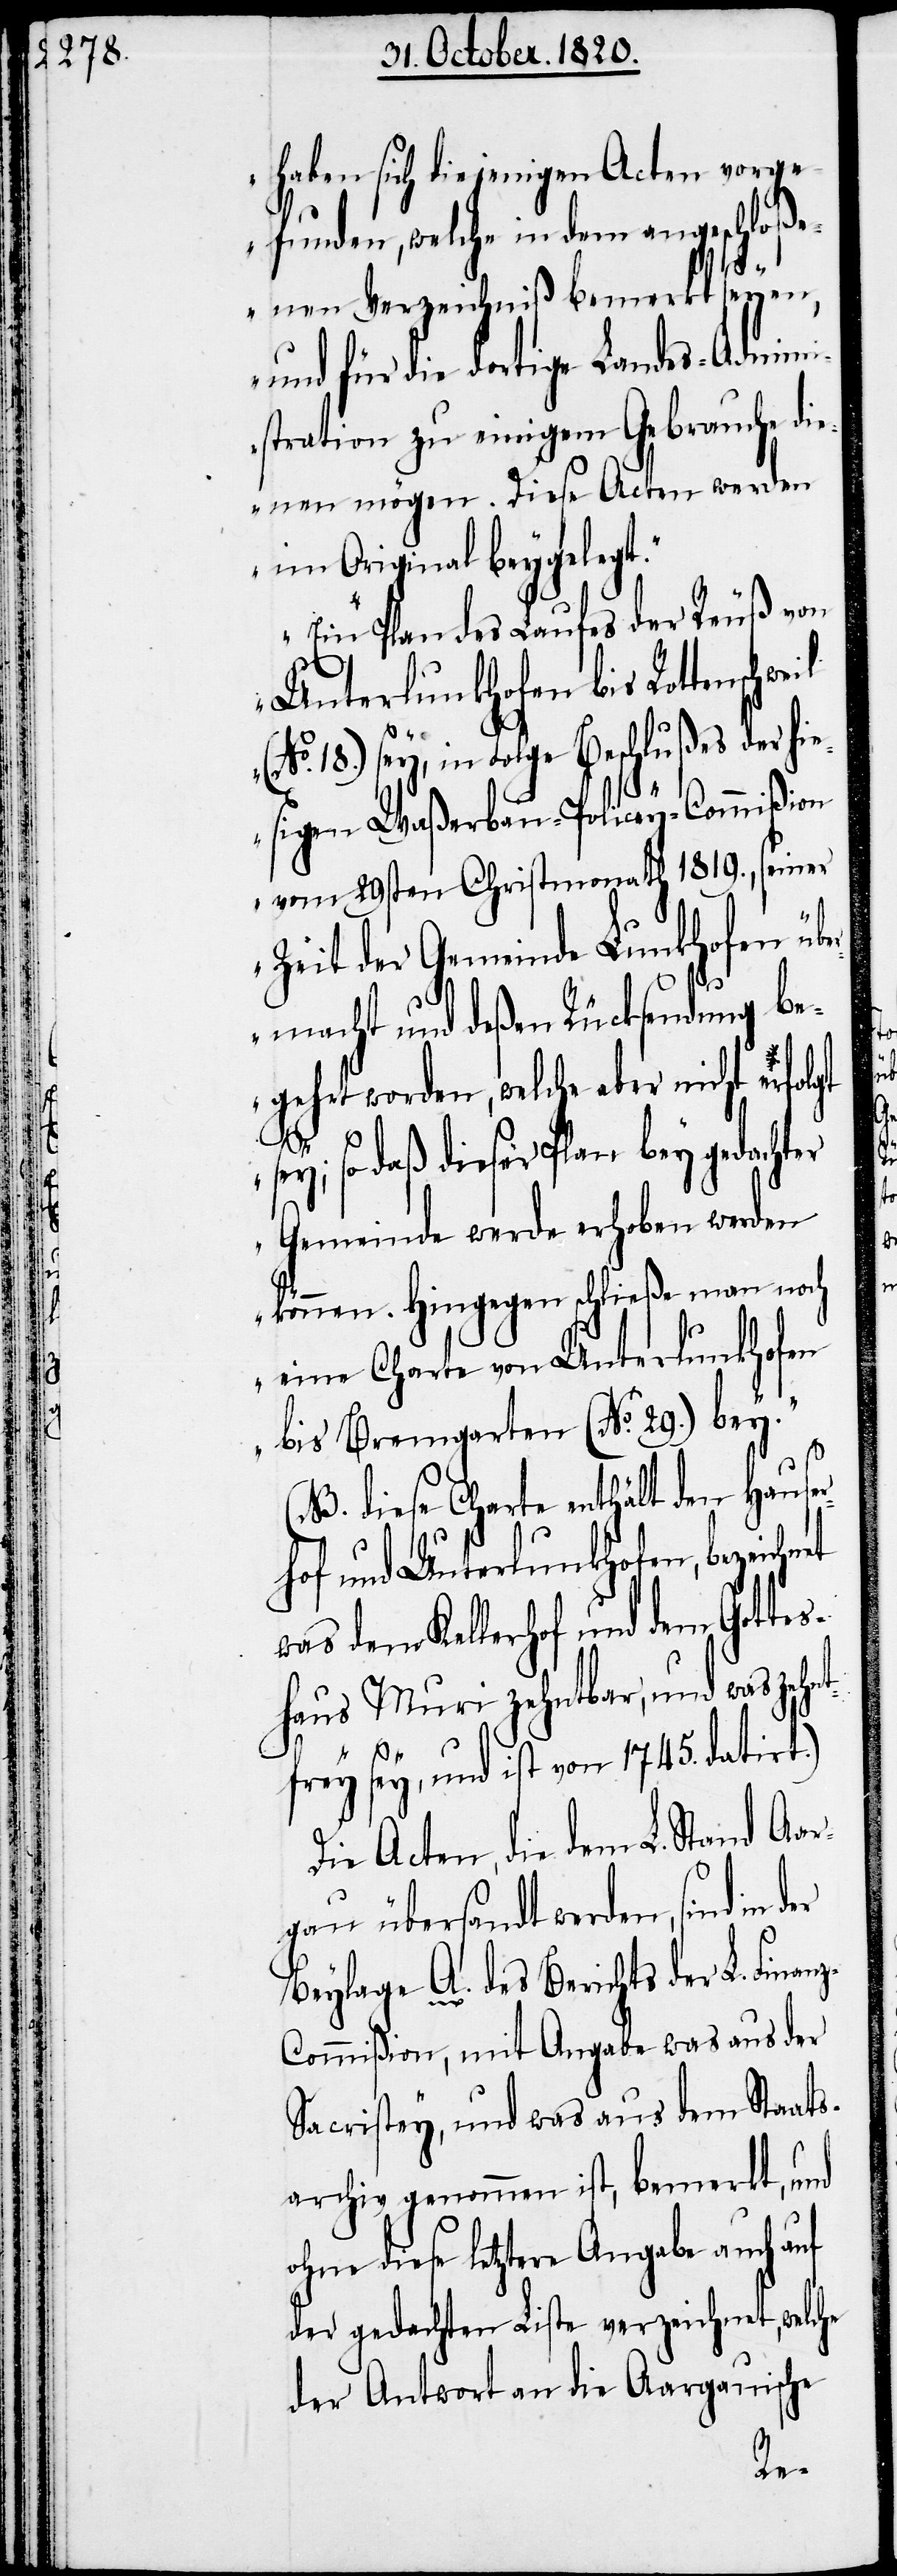
haben sich diejenigen Acten vorge¬
funden, welche in dem angeschloß¬
lgt
enen Verzeichniß bemerkt seyen,
und für die dortige Landes-Admin¬
istration zu einigem Gebrauche die¬
nen mögen. Diese Acten werden
im Original beygelegt.
Ein Plan des Laufes der Reuß von
Unterlunkhofen bis Rottenschw¬
sey, in Folge Beschlußes der h¬
iesigen Waßerbau-Policey-Commißion
vom 29sten Christmonath 1819., seiner
Zeit der Gemeinde Lunkhofen übe¬
rmacht und deßen Rücksendung be¬
gehrt worden, welche aber nicht erfo¬
sey; so daß dieser Plan bey gedachter
Gemeinde werde erhoben werden
können. Hingegen schließe man noch
eine Charta von Unterlunkhofen
bis Bremgarten (No. 29.) bey.“
(M. diese Charta enthält den Hause¬
rhof und Unterlunkhofen, bezeichnet
was dem Kellerhof und dem Gottes¬
haus Muri zehntbar, und was zehnt¬
frey sey, und ist vom 1745. datirt.)
Die Acten, die dem L. Stand Aar¬
gau übersendt werden, sind in
Beylage A. des Berichts der L. Finan¬
z-Commißion, mit Angabe was aus der
Sacristey, und was aus dem Staats¬
archiv genommen ist, bemerkt, und
ohne diese letztere Angabe auch auf
der gedachten Liste verzeichnet, welche
der Antwort an die Aargauische